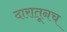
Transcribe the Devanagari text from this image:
दारातूनच